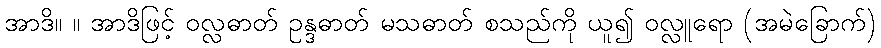
အာဒိ။ ။ အာဒိဖြင့် ဝလ္လဓာတ် ဥန္ဒဓာတ် မသဓာတ် စသည်ကို ယူ၍ ဝလ္လူရော (အမဲခြောက်)